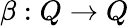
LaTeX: \beta:Q\rightarrow Q